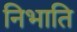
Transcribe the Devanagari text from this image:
निभाति